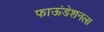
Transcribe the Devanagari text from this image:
फाऊंडेशनला